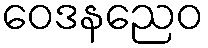
ဝေဒနညေဝ